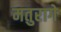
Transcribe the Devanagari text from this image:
मतुरागे